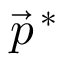
{ \vec { p } } ^ { \, * }